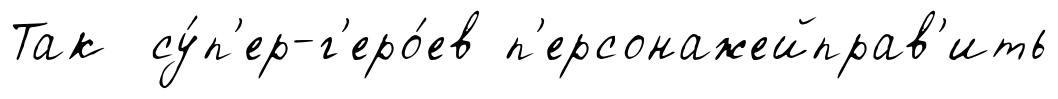
Так су́п'ер-г'еро́ев п'ерсонажейправ'ить